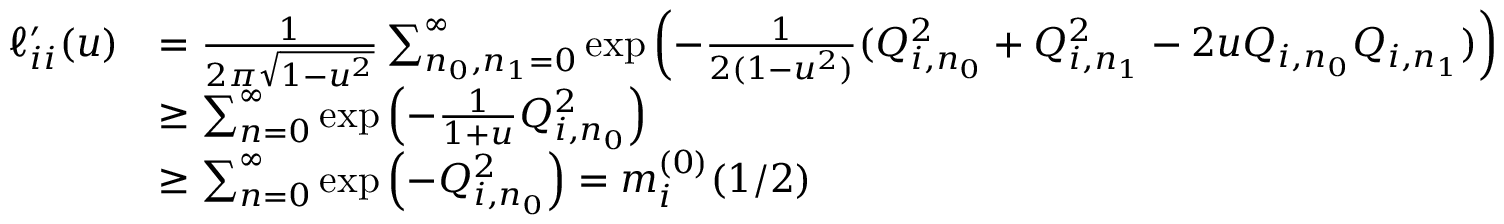
\begin{array} { r l } { \ell _ { i i } ^ { \prime } ( u ) } & { = \frac { 1 } { 2 \pi \sqrt { 1 - u ^ { 2 } } } \sum _ { n _ { 0 } , n _ { 1 } = 0 } ^ { \infty } \exp \left( - \frac { 1 } { 2 ( 1 - u ^ { 2 } ) } ( Q _ { i , n _ { 0 } } ^ { 2 } + Q _ { i , n _ { 1 } } ^ { 2 } - 2 u Q _ { i , n _ { 0 } } Q _ { i , n _ { 1 } } ) \right) } \\ & { \geq \sum _ { n = 0 } ^ { \infty } \exp \left( - \frac { 1 } { 1 + u } Q _ { i , n _ { 0 } } ^ { 2 } \right) } \\ & { \geq \sum _ { n = 0 } ^ { \infty } \exp \left( - Q _ { i , n _ { 0 } } ^ { 2 } \right) = m _ { i } ^ { ( 0 ) } ( 1 / 2 ) } \end{array}